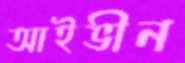
আইভীন